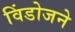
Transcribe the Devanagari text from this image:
विंडोजने